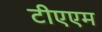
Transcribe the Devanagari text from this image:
टीएएम